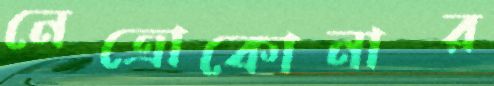
নেত্রোকোনার